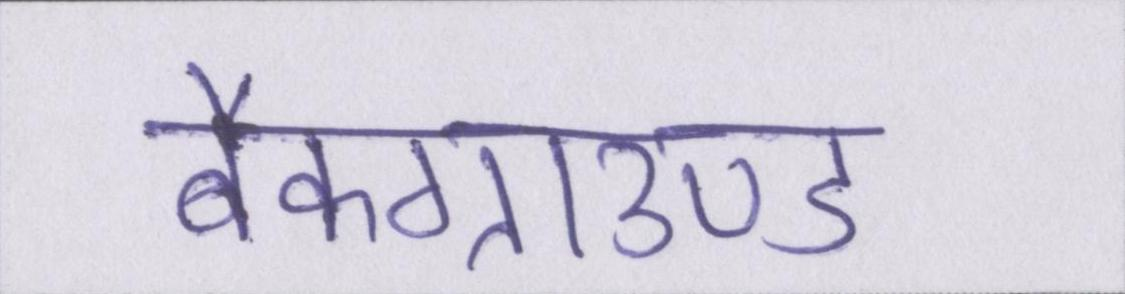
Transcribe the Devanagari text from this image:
बैकग्राउण्ड